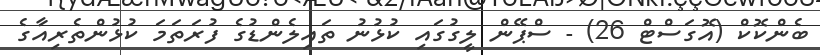
ބެންކޮކް (އޮގަސްޓް 26) - ސްޕޭން ލީގުގައި ކުޅުނު ތައިލެންޑުގެ ފުރަތަމަ ކުޅުންތެރިއާގެ